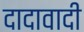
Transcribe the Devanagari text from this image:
दादावादी